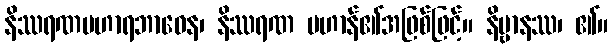
နိဿရဏပဟာရဘာဝေန၊ နိဿရဏ ပဟာန်၏အဖြစ်ဖြင့်။ နိဗ္ဗာနဿ၊ ၏။